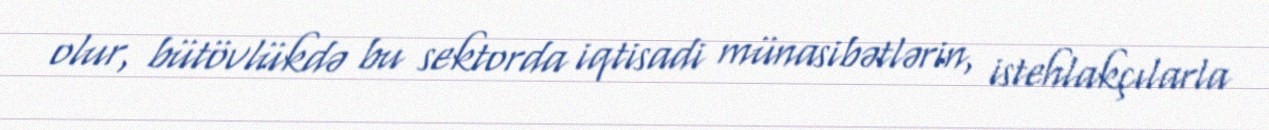
olur, bütövlükdə bu sektorda iqtisadi münasibətlərin, istehlakçılarla